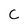
Character: C